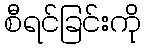
စီရင်ခြင်းကို